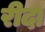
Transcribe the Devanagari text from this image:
रीदा